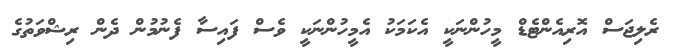
ރެލިޖަސް އޮރިއެންޓެޑް މީހުންނަކީ އެކަމަކު އެމީހުންނަކީ ވެސް ފައިސާ ފެނުމުން ދެން ރިޝްވަތުގެ